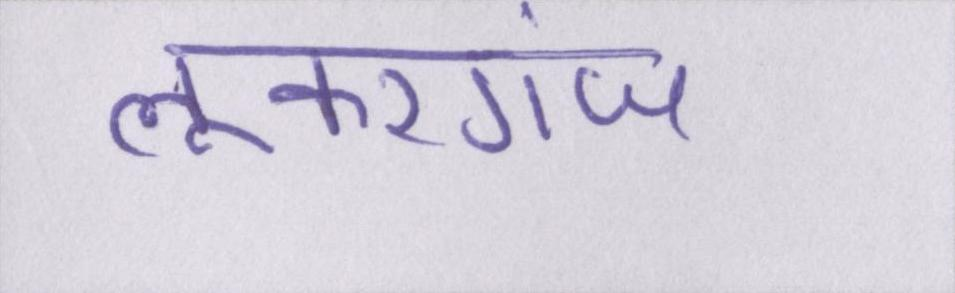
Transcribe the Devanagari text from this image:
लूकरगंज